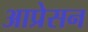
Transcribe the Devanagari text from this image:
आप्रेसन